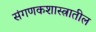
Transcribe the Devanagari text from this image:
संगणकशास्त्रातील